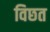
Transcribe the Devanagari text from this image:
विछत